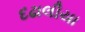
દઢાલીયા